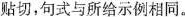
贴切，句式与所给示例相同。